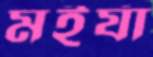
মইর্যা